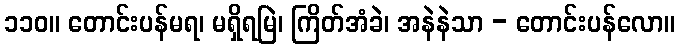
၁၁၀။ တောင်းပန်မရ၊ မရှိရမြဲ၊ ကြိတ်အံခဲ၊ အနဲနဲသာ - တောင်းပန်လော။